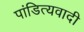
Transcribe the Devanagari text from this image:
पांडित्यवादी